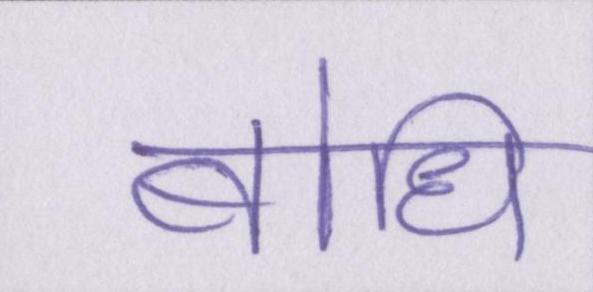
बोधि